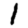
Digit: 1